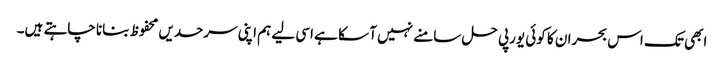
ابھی تک اس بحران کا کوئی یورپی حل سامنے نہیں آ سکا ہے اسی لیے ہم اپنی سرحدیں محفوظ بنانا چاہتے ہیں۔